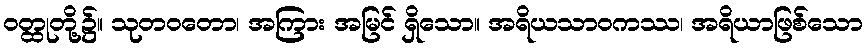
ဝတ္ထုတို့၌။ သုတဝတော၊ အကြား အမြင် ရှိသော။ အရိယသာဝကဿ၊ အရိယာဖြစ်သော